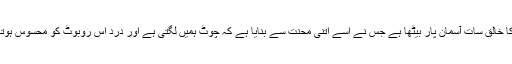
اس کا خالق سات آسمان پار بیٹھا ہے جس نے اسے اتنی محنت سے بنایا ہے کہ چوٹ ہمیں لگتی ہے اور درد اِس روبوٹ کو محسوس ہوتاہے۔